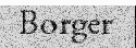
Borger